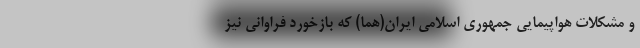
و مشکلات هواپیمایی جمهوری اسلامی ایران(هما) که بازخورد فراوانی نیز